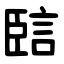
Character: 䛗